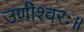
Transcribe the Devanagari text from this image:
उणीश्वरः॥